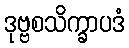
ဒုဗ္ဗစသိက္ခာပဒံ